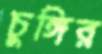
চুঙ্গির